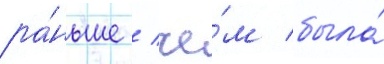
ра́ньше / че́м была́